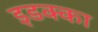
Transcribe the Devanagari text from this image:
इडक्‍का